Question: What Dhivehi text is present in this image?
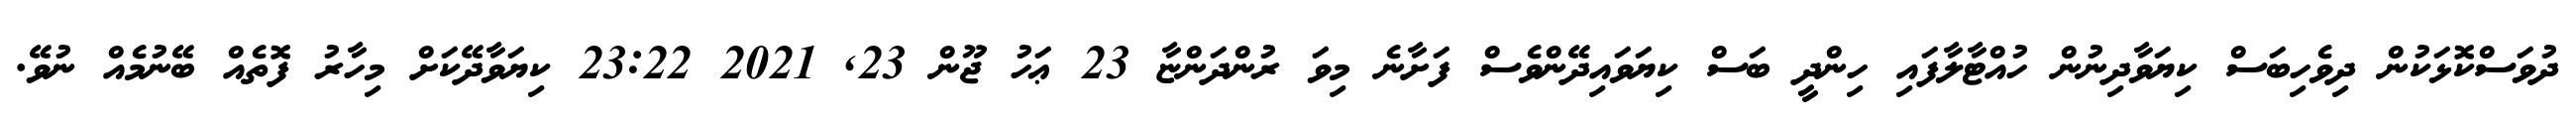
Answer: ދުވަސްކޮޅަކުން ދިވެހިބަސް ކިޔަވާދިނުން ހުއްޓާލާފައި ހިންދީ ބަސް ކިޔަވައިދޭންވެސް ފަށާނެ މިވަ ރުންދަންޏާ 23 ޢަހު ޖޫން 23, 2021 23:22 ކިޔަވާދޭކަށް މިހާރު ފޮތެއް ބޭނުމެއް ނުވޭ.